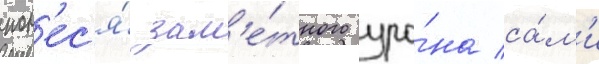
пон'ес'я́ зам'е́тного уро́на са́м'и